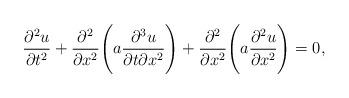
LaTeX: \begin{align*}\frac{\partial^2u}{\partial t^2}+\frac{\partial^2}{\partial x^2}\Biggl (a\frac{\partial^3u}{\partial t\partial x^2}\Biggr )+\frac{\partial^2}{\partial x^2}\Biggl (a\frac{\partial^2u}{\partial x^2}\Biggr )=0,\end{align*}